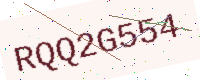
Text: RQQ2G554